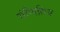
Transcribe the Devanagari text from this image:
गंणितिय